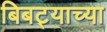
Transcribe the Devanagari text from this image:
बिबट्याच्या